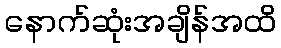
နောက်ဆုံးအချိန်အထိ